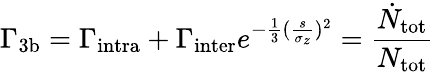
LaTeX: \Gamma_{\mathrm{{3b}}}=\Gamma_{\mathrm{{intra}}}+\Gamma_{\mathrm{{inter}}}e^{-\frac{1}{3}(\frac{s}{\sigma_{z}})^{2}}=\frac{\dot{N}_{\mathrm{tot}}}{N_{\mathrm{tot}}}